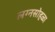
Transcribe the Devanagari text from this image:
लग्नसोहळा